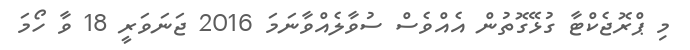
މި ޕްރޮޖެކްޓާ ގުޅޭގޮތުން އެއްވެސް ސުވާލެއްވާނަމަ 2016 ޖަނަވަރީ 18 ވާ ހޯމަ